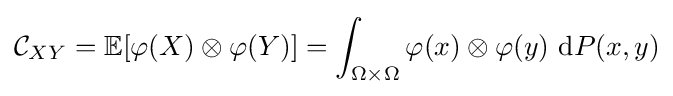
{\mathcal {C}}_{XY}=\mathbb {E} [\varphi (X)\otimes \varphi (Y)]=\int _{\Omega \times \Omega }\varphi (x)\otimes \varphi (y)\ \mathrm {d} P(x,y)